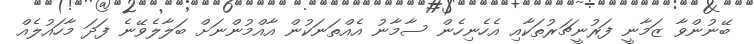
ބޭނުންވާ ޒަމާނީ ފަރުނީޗަރުތަކާއި އެހެނިހެން ސާމާނު އެއްތަނަކުން އާއްމުންނަށް ބަލާލެވޭނެ ފަދަ މާހައުލެއް